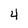
Character: 4